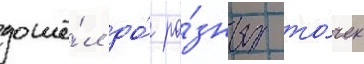
дошё́л до́ ра́зных то́чек